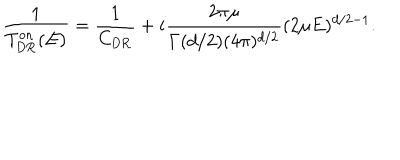
\frac { 1 } { T _ { \mathrm { D R } } ^ { \mathrm { o n } } ( E ) } = { \frac { 1 } { C _ { \mathrm { D R } } } + i \frac { 2 \pi \mu } { \Gamma ( d / 2 ) ( 4 \pi ) ^ { d / 2 } } ( 2 \mu E ) ^ { d / 2 - 1 } } .